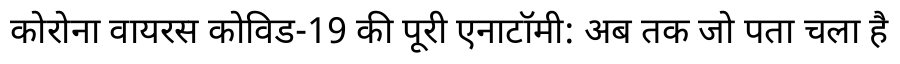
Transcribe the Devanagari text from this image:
कोरोना वायरस कोविड-19 की पूरी एनाटॉमी: अब तक जो पता चला है